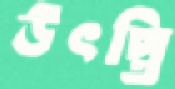
উৎপ্তি